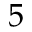
5